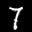
Label: 7